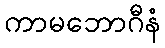
ကာမဘောဂီနံ